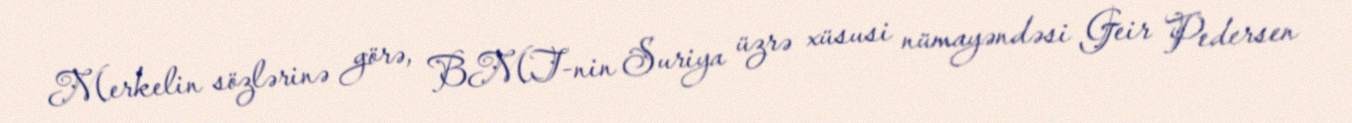
Merkelin sözlərinə görə, BMT-nin Suriya üzrə xüsusi nümayəndəsi Geir Pedersen